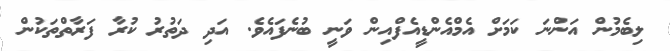
ލިބެމުން އަންނަ ކަމަށް އެމްއެންޑީއެފްއިން ވަނީ ބުނެފައެވެ. އަދި ދަތުރު ކުރާ ފަރާތްތަކުން